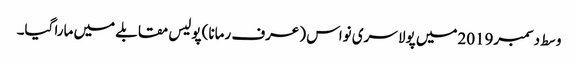
وسط دسمبر2019میں پولا سری نواس (عرف رمانا) پولیس مقابلے میں مارا گیا۔